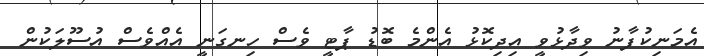
އެމަނިކުފާނު ވިދާޅުވީ އިދިކޮޅު އެންމެ ބޮޑު ޕާޓީ ވެސް ހިނގަނީ އެއްވެސް އުސޫލަކުން